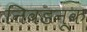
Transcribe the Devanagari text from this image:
निवडनूक